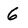
Character: 6